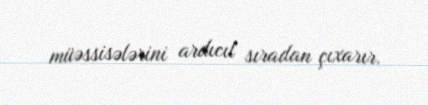
müəssisələrini ardıcıl sıradan çıxarır.